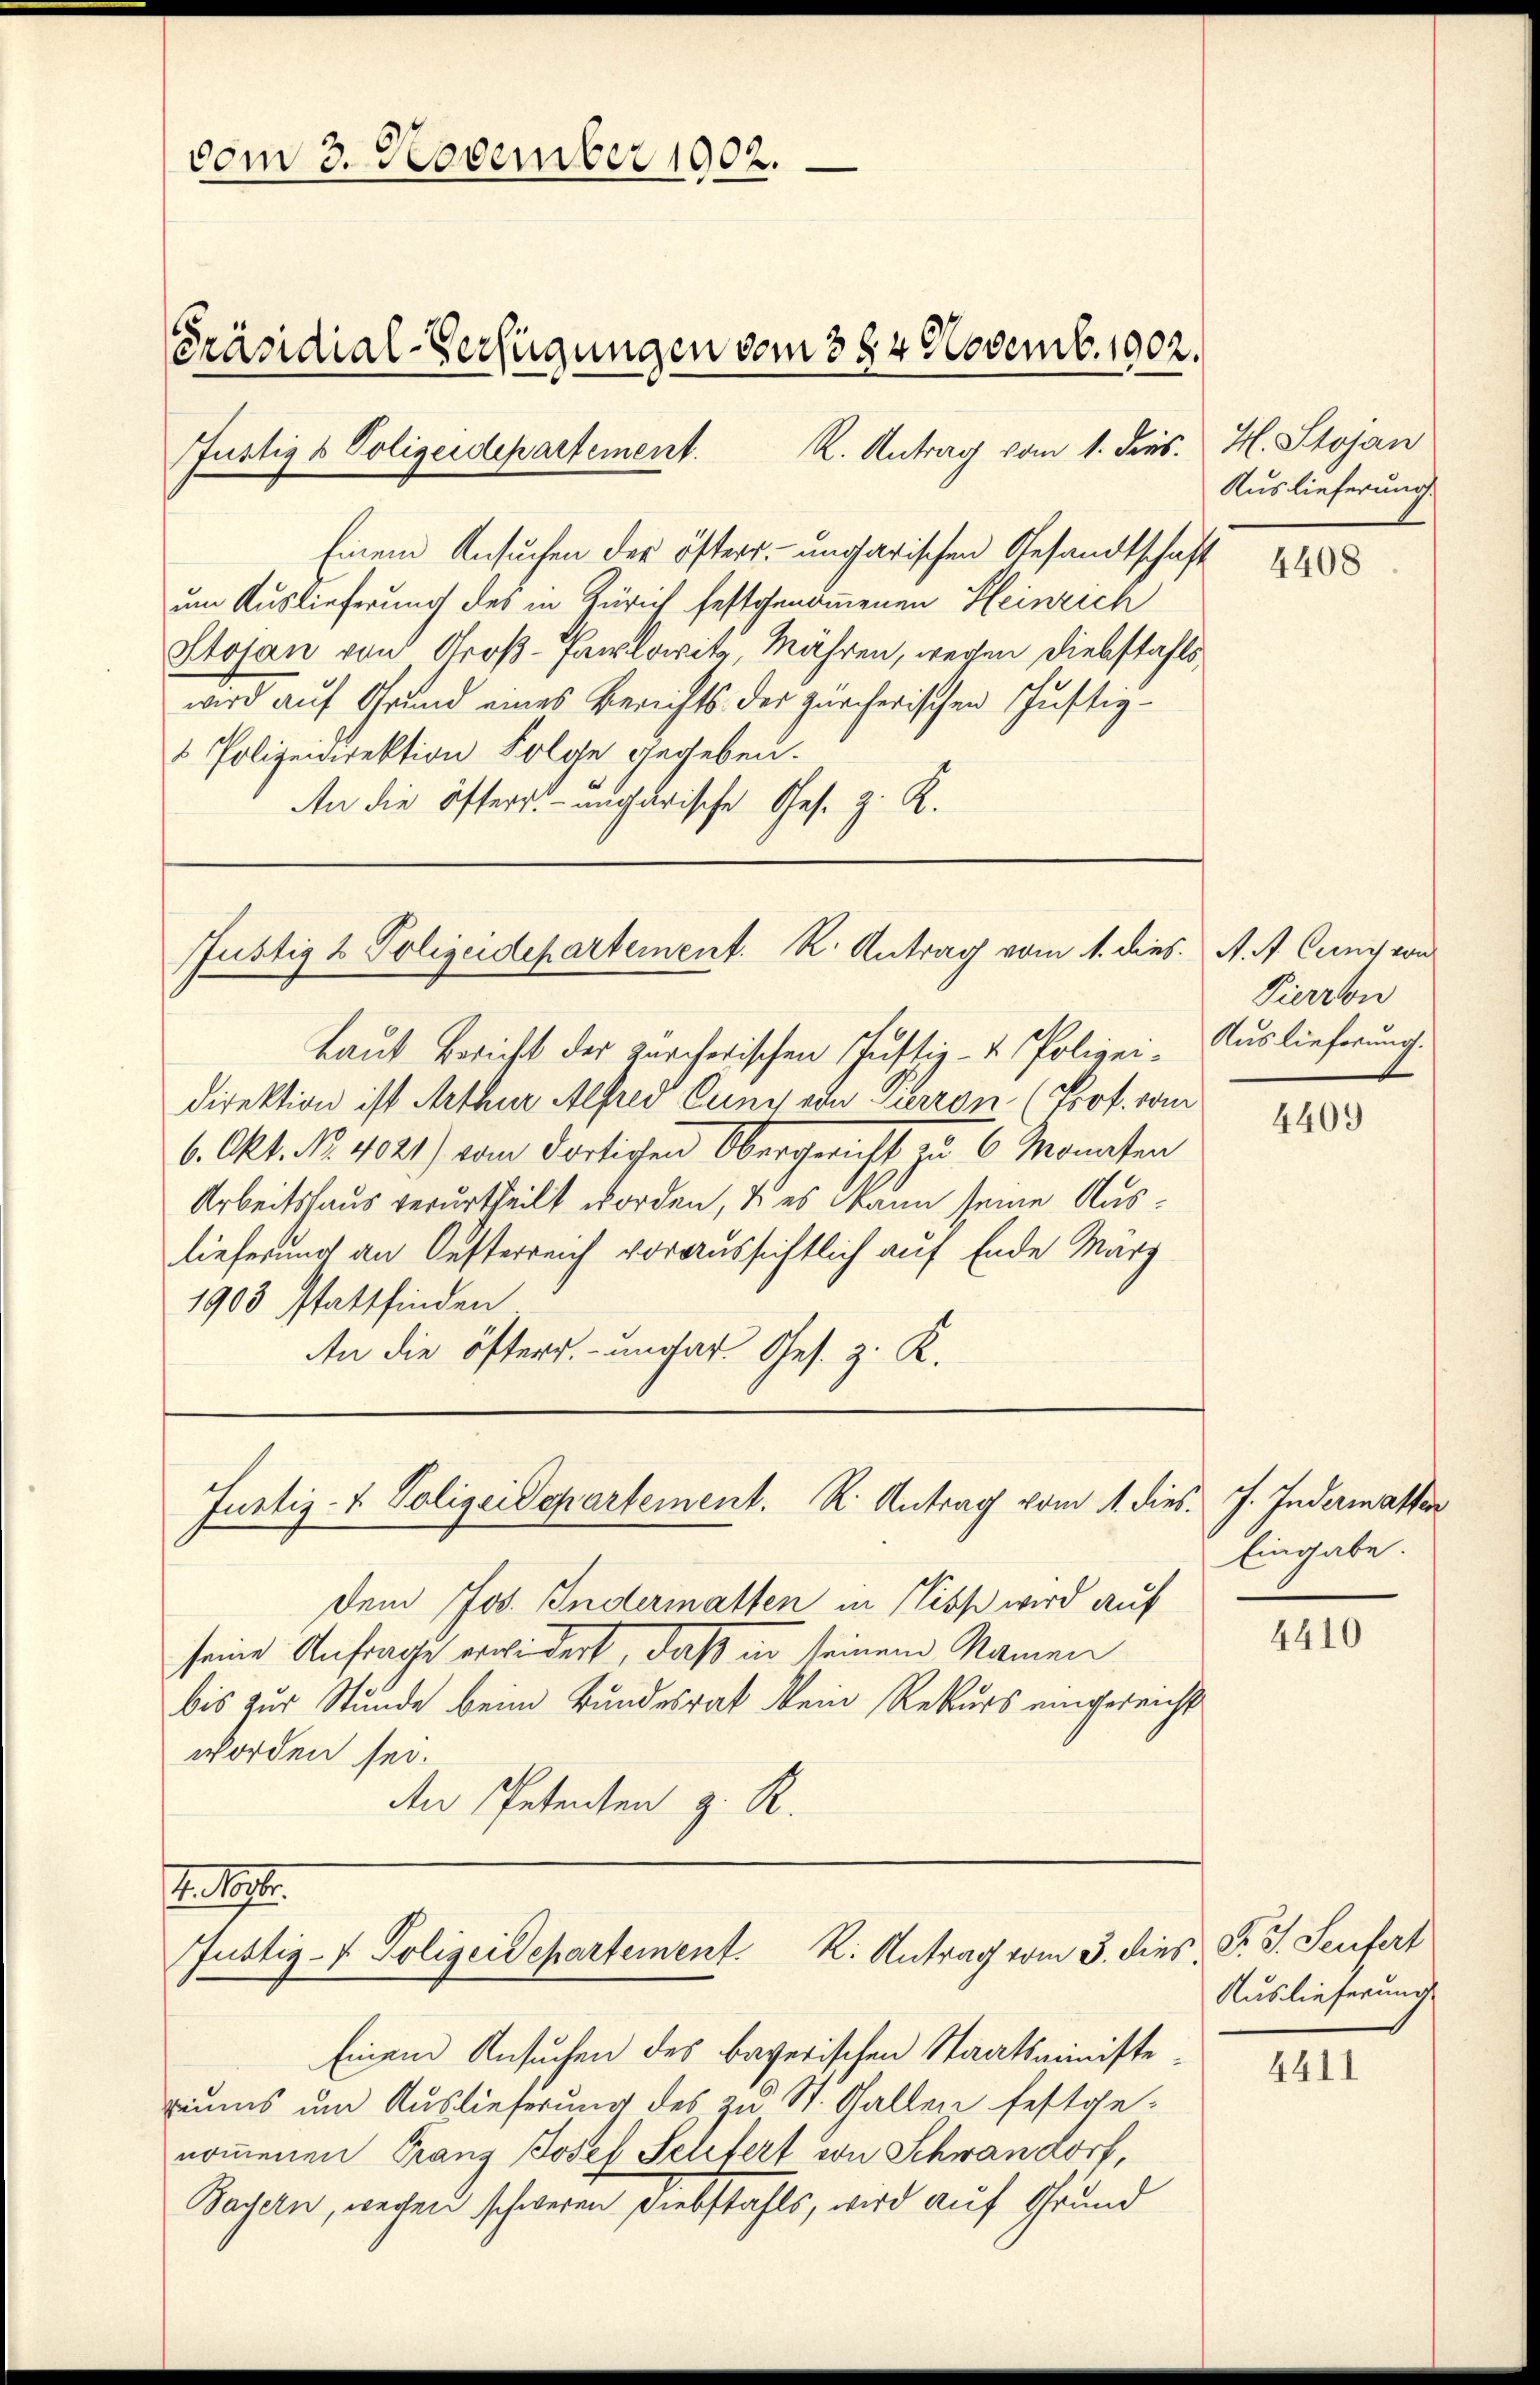
vom 3. November 1902.

Einem Ansuchen der öfters ungarischen Gesandtschaft
um Auslieferung des in Zürich festgenommenen Heinrich
Stojan von Groß-Parlowitz, Mähren, wegen Diebstahls
wird auf Grund eines Berichts der zürcherischen Justiz-
& Polizeidirektion Folge gegeben.
An die öfters ungarische Ges. z. R.

Justiz & Polizeidepartement. K. Antrag vom 1. dies. A. A. Cuny von

Justiz- & Polizeidepartement. R. Antrag vom 1. dies J. Indermatter

Präsidial-Verfügungen vom 384. Novemb. 1902.
Justiz & Polizeidepartement. R. Antrag vom 1. dies. H. Stojan

Laut Bericht der zürcherischen Justiz- u. Polizei-
direktion ist Arthur Alfred Cuny ein Kurron (Prof. vom
6. Okt. No. 4021) vom dortigen Obergericht u 6 Monaten
Arbeitshaus verurtheilt worden, & es Mann seine Auslieferung an Oesterreich voraussichtlich auf Ende März
1903 stattfinden
An die öfters.-ungar. Ges. z. K.

dem Jos. Indermatten in Miss wird auf
seine Anfrage erwidert, daß in seinem Namen
bis zur Stunde beim Bundesrat kein Rekurs eingereicht
worden sei.
An Petenten z. R.

Auslieferung.
4408

. 192.
Justiz- & Polizeidepartement. K. Antrag vom 3. dies F. J. Seufert

Einem Ansuchen des bayerischen Staatsministeziums um Auslieferung des zu St. Gallen festge-
nommenen Franz Josef Telefert von Schwandorf,
Bayern, wegen schweren Diebstahls, wird auf Grund

Pierron
Auslieferung.

4409

Eingabe.

4410

Auslieferung

4411